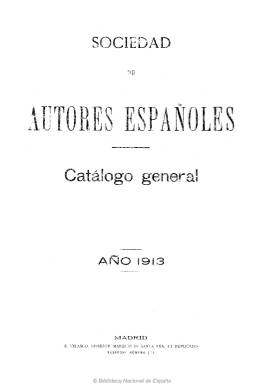
Título: Catálogo general
Colección: Teatro
Ámbito geográfico: Madrid
Lugar de publicación: Madrid
Fechas: 01/01/1913-31/12/1913

La Sociedad de Autores Españoles fue fundada en 1899, por iniciativa de un grupo de escritores y compositores, para la protección de sus derechos frente a los editores. En este catálogo incluye más de tres mil producciones teatrales de todas clases (clasificadas en comedias, dramas, juguetes, sainetes, zarzuelas, óperas y monólogos), que supone un índice de la historia de la escena española de la época. Es un volumen, de 397 páginas foliadas, donde se presentan las obras ordenadas alfabéticamente por el título, con indicación del género o la clase antes expresada, nombre del autor, número de personajes masculinos y femeninos que aparecen en cada obra y el número de actos en que se divide, con expresión del precio de las mismas, según el número de estos. Se expresa también si están o no impresas. Se conoce otro Catálogo general de esta Sociedad de Autores Españoles correspondiente a 1902 y como volumen 1. Se desconoce si publicó alguno más. La entidad estuvo editando también un boletín, desde 1903 a 1930, y a partir de 1914 empezó a editar la revista titulada La propiedad intelectual.